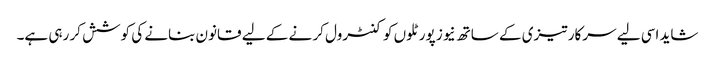
شاید اسی لیے سرکار تیزی کے ساتھ نیوز پورٹلوں کو کنٹرول کر نے کے لیے قانون بنانے کی کوشش کر رہی ہے۔